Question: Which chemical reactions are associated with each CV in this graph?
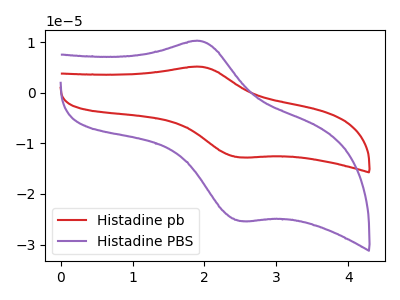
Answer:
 <answer>The red curve is labeled "Histadine pb". The purple curve is labeled "Histadine PBS".</answer>
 <eval></eval>